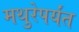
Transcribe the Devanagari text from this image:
मथुरेपर्यंत